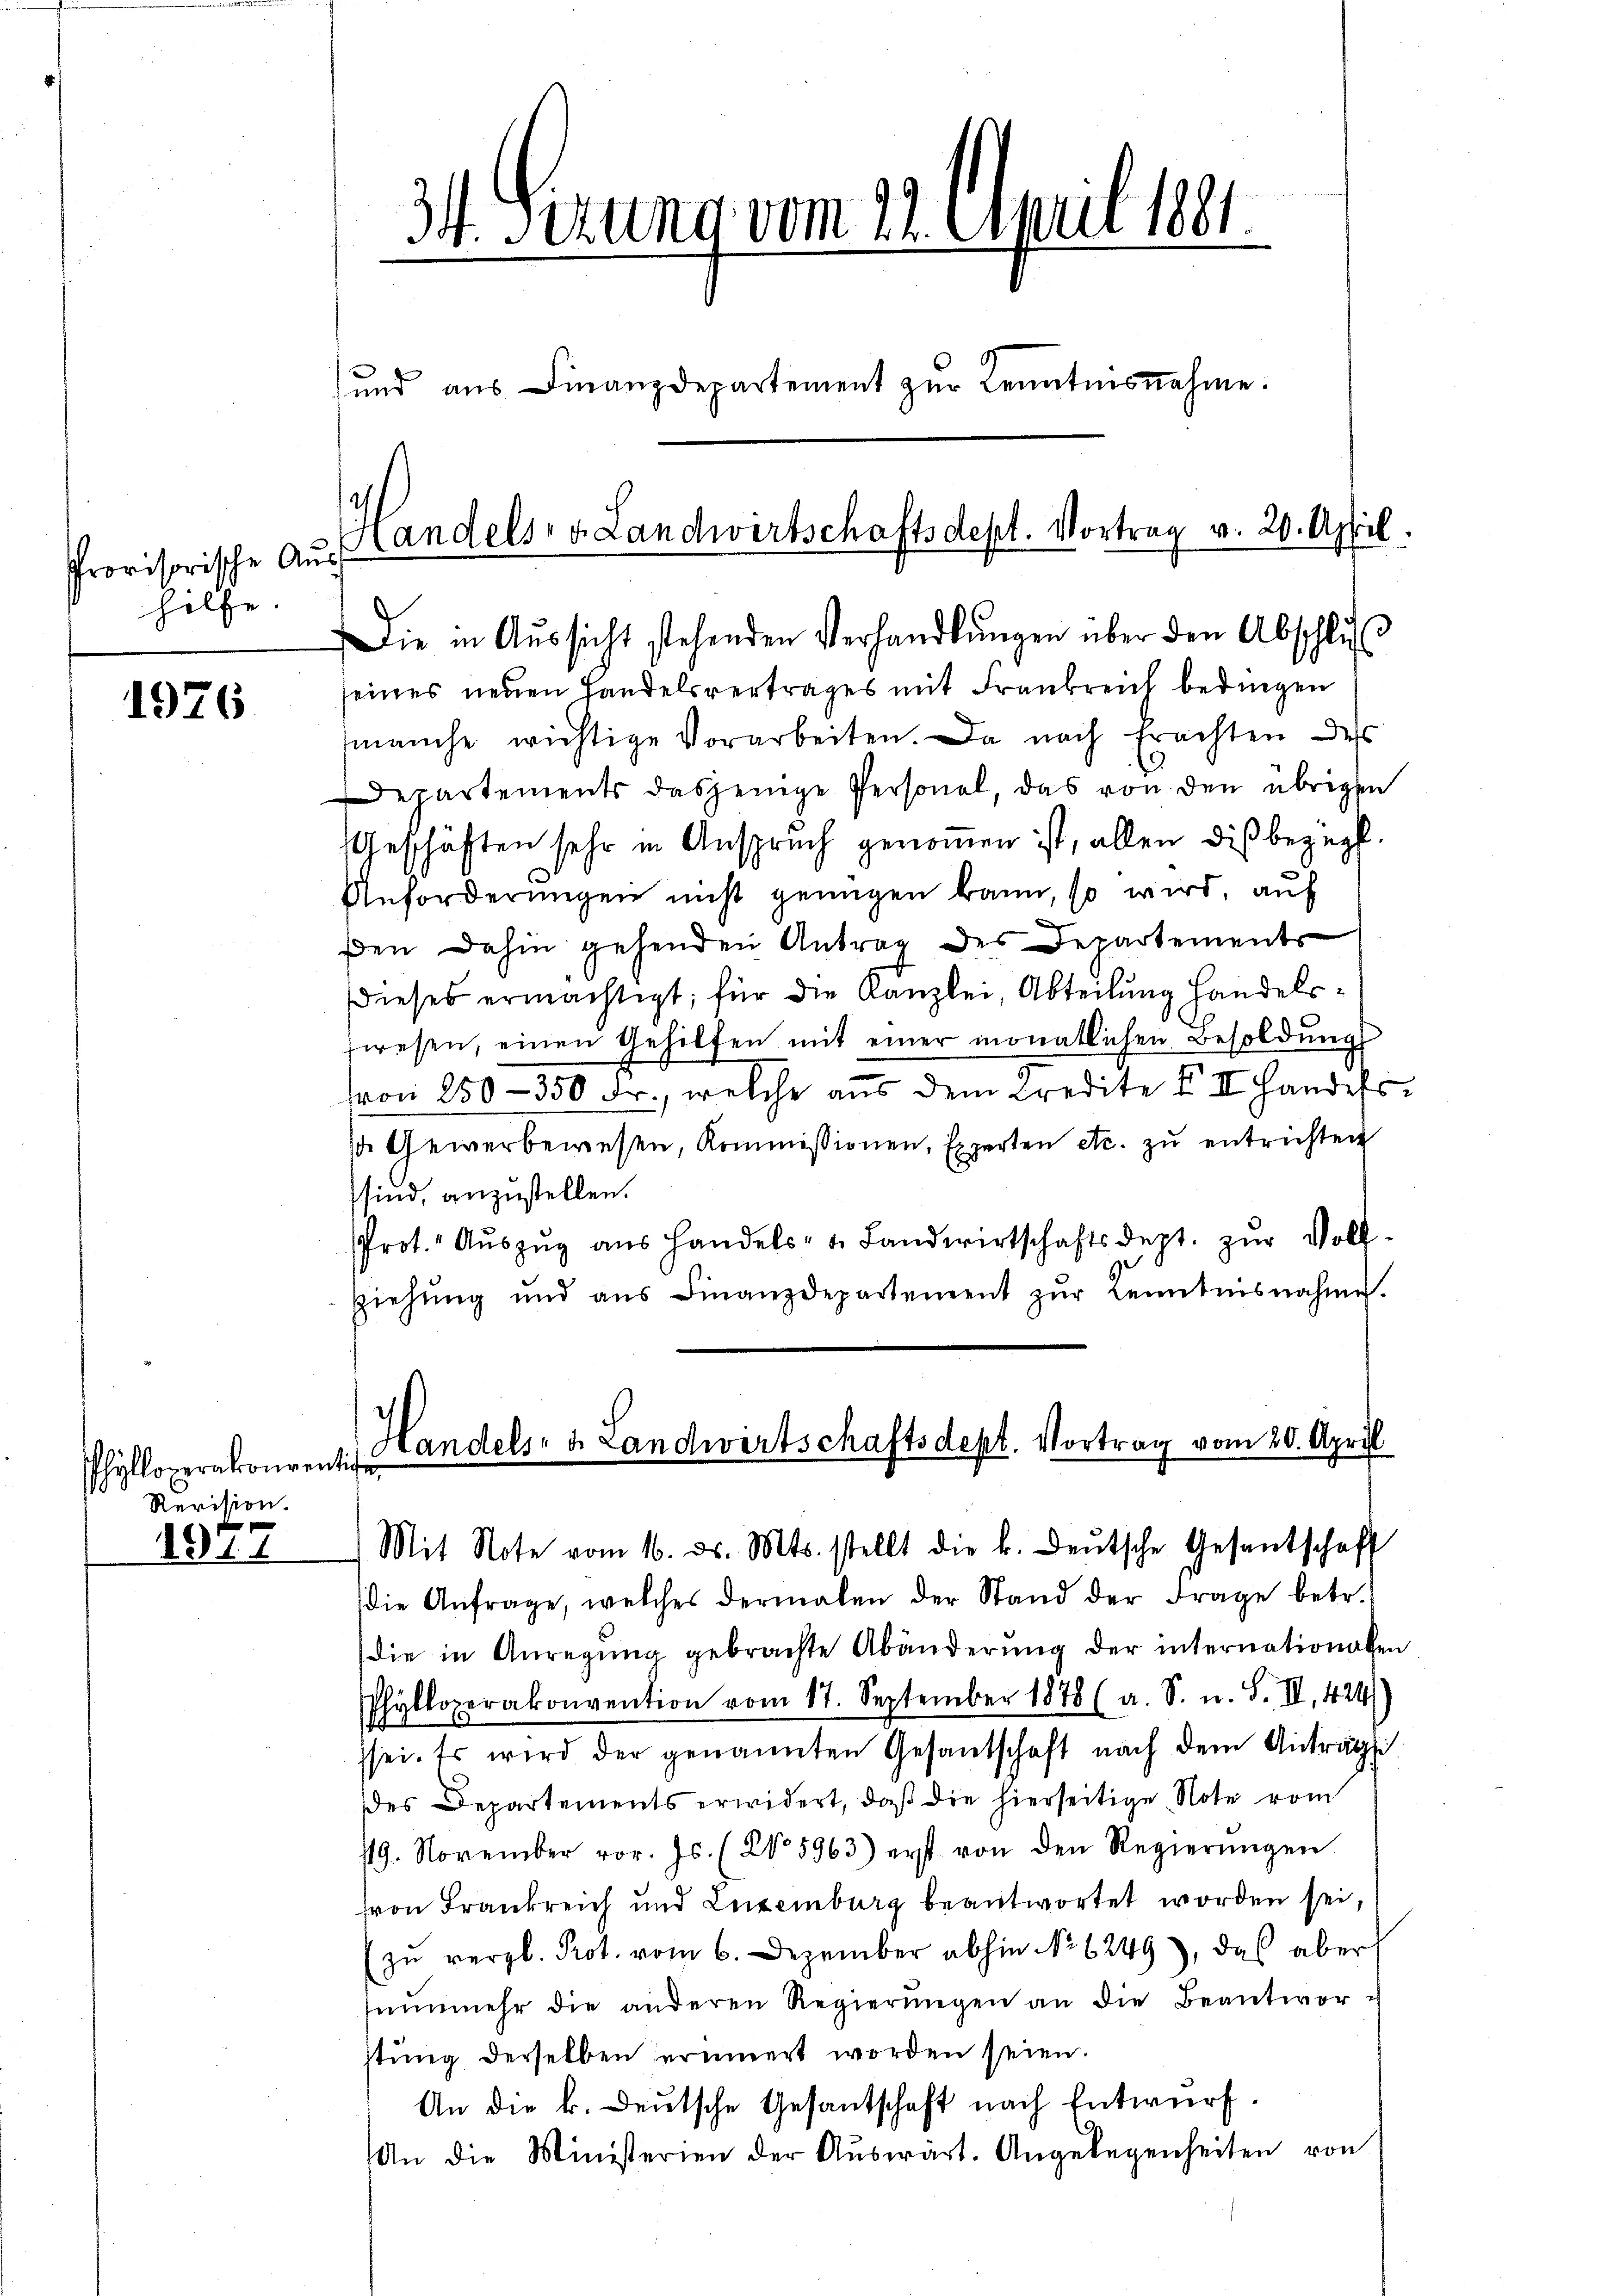
Provisorische Au
hilfe.

1976

Phylloverakonventig
Revision.

1311

seines neuen Handelsvertrages mit Frankreich bedingen
manche wichtige Vorarbeiten. Da nach Erachten dess
Departements dasjenige Personel, das von den übrigen
Geschäften sehr in Anspruch genommen ist, allen dieβbezügl.
Anforderŭngen nicht genügen kann, so wird, auf
den dahin gehenden Antrag des Departements
dieses ermächtigt; für die Kanzlei, Abteilung handelswesen, einen Gehilfen mit einer monatlichen Besoldŭngs
von 250 - 350 Fr., welche aus dem Kredite III. Handelsd. Gewerbewesen, Kommissionen, Experten etc. zu entrichten
sind, anzustellen.
Prot. Aŭszŭg aŭs Handels- u. Landwirtschaftsdept. zŭr Voll-
Ziehŭng und ans Finanzdepartement zŭr Kenntnisnahme.
Handels- u. Landwirtschaftsdept. Vortrag vom 20. April

34. Serung vom 12. April 1881.
und aus Finanzdepartement zŭr Kenntmannahme:

Handelsre Landwirtschaftsdept. Vortrag v. 20. April.
e
Die in Aussicht stehenden Verhandlungen über den Abschlus

Mit Note vom 16. ds. Mts. stellt die k. deŭtsche Gesantschaft

die Anfrage, welches dermalen der Stand der Frage betr.
die in Anregŭng gebrachte Abänderŭng der internationalen
Phylloperakonvention vom 17. September 1878 (a. S. u. S. II. 424
sei. Es wird der genannten Gesantschaft nach dem Anträgli
des Departements erwidert, daß die hierseitige Note vom
/19. November vor. Js. (No 5963) erst von den Regierŭngen.
ron Frankreich und Luxenburg beantwortet worden sei,
zŭ vergl. Prot. vom 6. Dezember abhin No 6249), das aber
senmehr die anderen Regierŭngen an die Beantwor-
stŭng derselben erinnert worden seien.
An die k. deŭtsche Gesantschaft nach Entwurf.
An die Ministerien der Aŭswärt. Angelegenheiten von